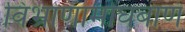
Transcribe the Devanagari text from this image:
विभ्राणामोघबाणं